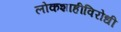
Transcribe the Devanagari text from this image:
लोकशाहीविरोधी